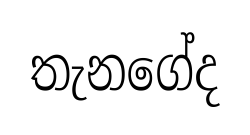
තැනගේද